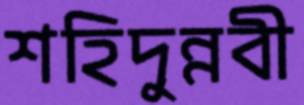
শহিদুন্নবী